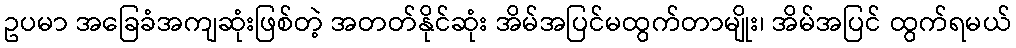
ဥပမာ အခြေခံအကျဆုံးဖြစ်တဲ့ အတတ်နိုင်ဆုံး အိမ်အပြင်မထွက်တာမျိုး၊ အိမ်အပြင် ထွက်ရမယ်